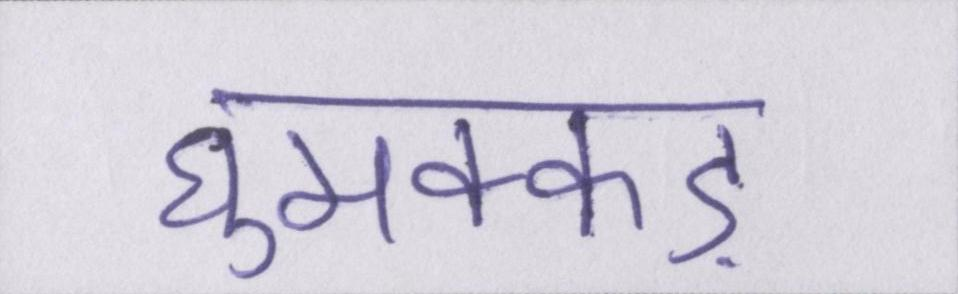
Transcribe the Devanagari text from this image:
घुमक्कड़